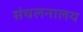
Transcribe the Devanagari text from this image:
संचलनालय